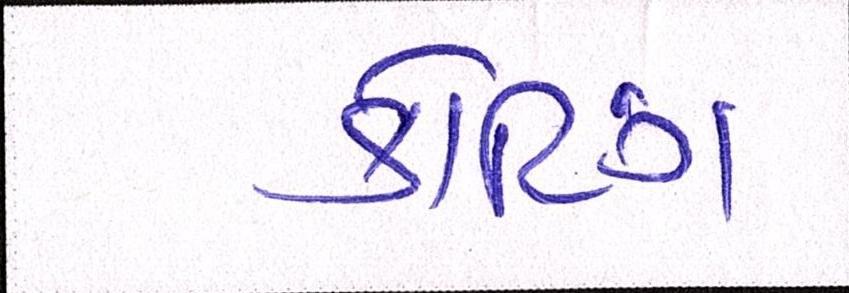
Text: કોટિંગ